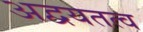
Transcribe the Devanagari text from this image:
अद्वयतत्व